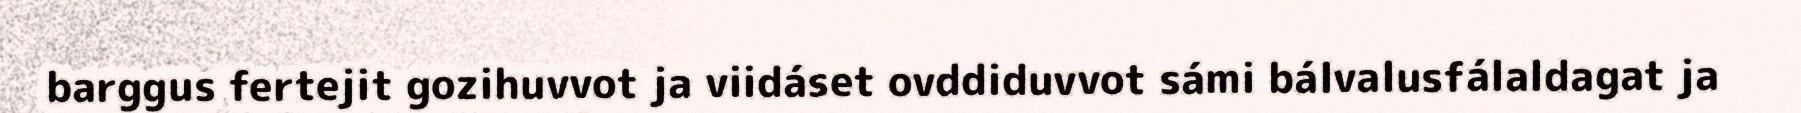
barggus fertejit gozihuvvot ja viidáset ovddiduvvot sámi bálvalusfálaldagat ja